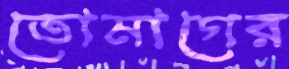
তোমাগের